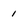
Character: 1